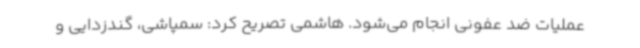
عملیات ضد عفونی انجام می‌شود. هاشمی تصریح کرد: سمپاشی، گندزدایی و